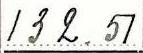
132.51